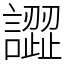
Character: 譅